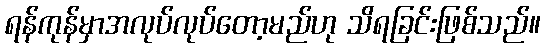
ရန်ကုန်မှာအလုပ်လုပ်တော့မည်ဟု သိရခြင်းဖြစ်သည်။